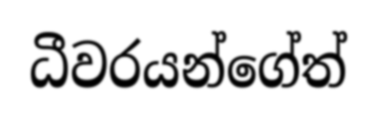
ධීවරයන්ගේත්